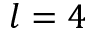
l = 4